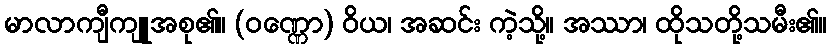
မာလာကျီကျူအစု၏။ (ဝဏ္ဏော) ဝိယ၊ အဆင်း ကဲ့သို့။ အဿာ၊ ထိုသတို့သမီး၏။